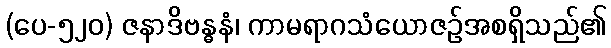
(ပေ-၅၂၀) ဇနာဒိဗန္ဓနံ၊ ကာမရာဂသံယောဇဉ်အစရှိသည်၏